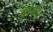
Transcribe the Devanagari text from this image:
सोका।